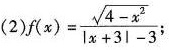
(2) $$f(x)= \frac{\sqrt{4-x^{2}}}{|x+3|-1}$$；